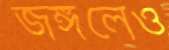
জঙ্গলেও